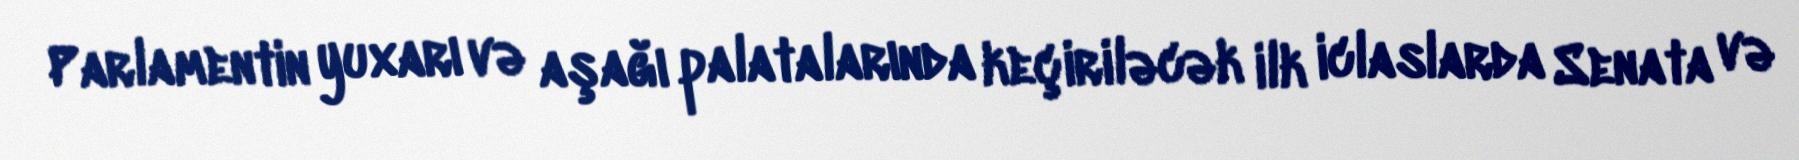
Parlamentin yuxarı və aşağı palatalarında keçiriləcək ilk iclaslarda Senata və